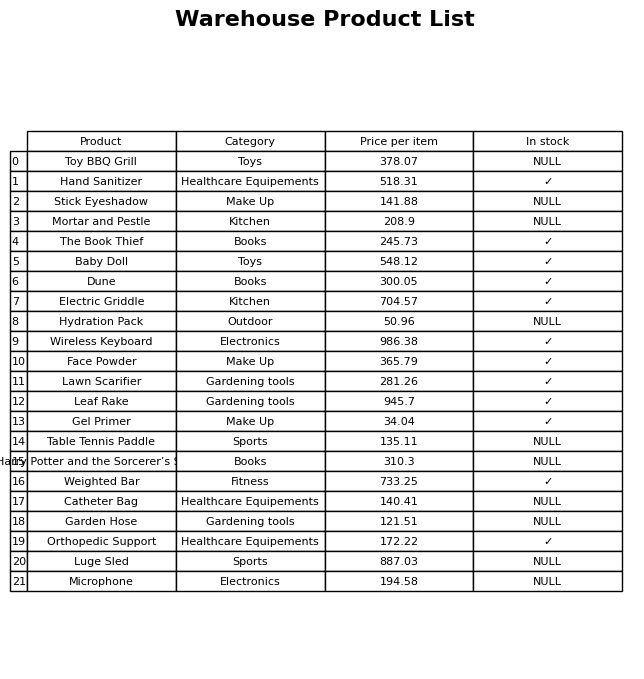
question: What is the price of the Microphone?
answer: The price of Microphone is 194.58.